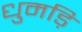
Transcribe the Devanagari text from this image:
धुमड़ि